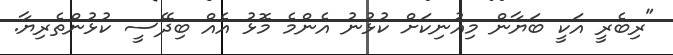
"ރިބެރީ އަކީ ބަޔާން މިއުނިކަށް ކުޅުނު އެންމެ މޮޅު އެއް ބިދޭސީ ކުޅުންތެރިޔާ.